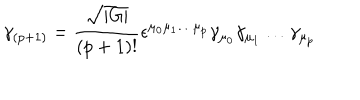
LaTeX: \gamma _ { ( p + 1 ) } = \frac { \sqrt { | G | } } { ( p + 1 ) ! } \epsilon ^ { \mu _ { 0 } \mu _ { 1 } \ldots \mu _ { p } } \gamma _ { \mu _ { 0 } } \gamma _ { \mu _ { 1 } } \ldots \gamma _ { \mu _ { p } }